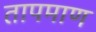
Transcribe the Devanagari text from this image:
तापमाण